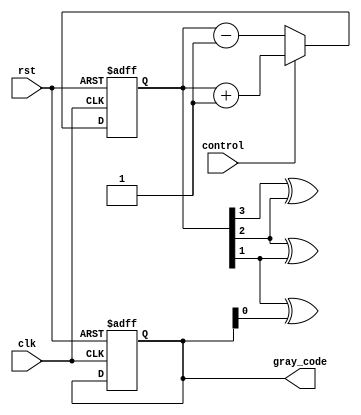
module Gray_Counter (
    input wire clk,
    input wire rst,
    input wire control,
    output reg [3:0] gray_code
);

reg [3:0] binary_count;
reg [3:0] prev_binary_count;

always @ (posedge clk or posedge rst) begin
    if (rst) begin
        binary_count <= 4'b0000;
        gray_code <= 4'b0000;
    end else begin
        if (control) begin
            binary_count <= binary_count + 1;
        end else begin
            binary_count <= binary_count - 1;
        end
        
        if (binary_count == prev_binary_count + 1) begin
            prev_binary_count <= binary_count;
        end else begin
            prev_binary_count <= binary_count + 1;
        end
    end
end

assign gray_code = {binary_count[3] ^ binary_count[2],
                    binary_count[2] ^ binary_count[1],
                    binary_count[1] ^ binary_count[0],
                    binary_count[0]};

endmodule